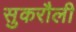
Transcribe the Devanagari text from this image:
सुकरौली